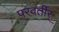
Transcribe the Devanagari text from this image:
परवर्तीर्